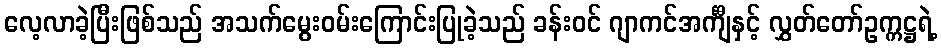
လေ့လာခဲ့ပြီးဖြစ်သည် အသက်မွေးဝမ်းကြောင်းပြုခဲ့သည် ခန်းဝင် ဂျာကင်အင်္ကျီနှင့် လွှတ်တော်ဥက္ကဋ္ဌရဲ့